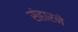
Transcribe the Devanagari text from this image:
संहारने